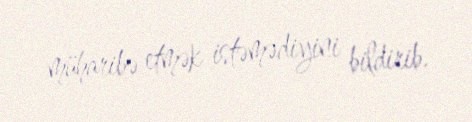
müharibə etmək istəmədiyini bildirib.